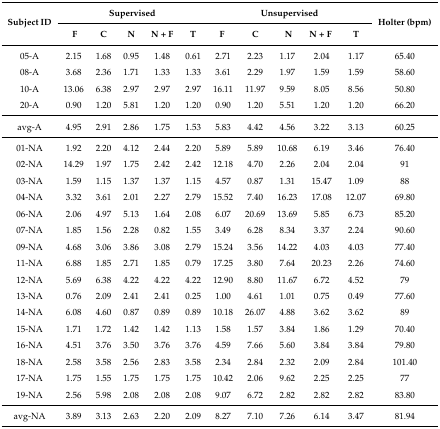
<table><thead><tr><td rowspan="2"><b>Subject ID</b></td><td colspan="5"><b>Supervised</b></td><td colspan="5"><b>Unsupervised</b></td><td rowspan="2"><b>Holter (bpm)</b></td></tr><tr><td><b>F</b></td><td><b>C</b></td><td><b>N</b></td><td><b>N + F</b></td><td><b>T</b></td><td><b>F</b></td><td><b>C</b></td><td><b>N</b></td><td><b>N + F</b></td><td><b>T</b></td></tr></thead><tbody><tr><td>05-A</td><td>2.15</td><td>1.68</td><td>0.95</td><td>1.48</td><td>0.61</td><td>2.71</td><td>2.23</td><td>1.17</td><td>2.04</td><td>1.17</td><td>65.40</td></tr><tr><td>08-A</td><td>3.68</td><td>2.36</td><td>1.71</td><td>1.33</td><td>1.33</td><td>3.61</td><td>2.29</td><td>1.97</td><td>1.59</td><td>1.59</td><td>58.60</td></tr><tr><td>10-A</td><td>13.06</td><td>6.38</td><td>2.97</td><td>2.97</td><td>2.97</td><td>16.11</td><td>11.97</td><td>9.59</td><td>8.05</td><td>8.56</td><td>50.80</td></tr><tr><td>20-A</td><td>0.90</td><td>1.20</td><td>5.81</td><td>1.20</td><td>1.20</td><td>0.90</td><td>1.20</td><td>5.51</td><td>1.20</td><td>1.20</td><td>66.20</td></tr><tr><td>avg-A</td><td>4.95</td><td>2.91</td><td>2.86</td><td>1.75</td><td>1.53</td><td>5.83</td><td>4.42</td><td>4.56</td><td>3.22</td><td>3.13</td><td>60.25</td></tr><tr><td>01-NA</td><td>1.92</td><td>2.20</td><td>4.12</td><td>2.44</td><td>2.20</td><td>5.89</td><td>5.89</td><td>10.68</td><td>6.19</td><td>3.46</td><td>76.40</td></tr><tr><td>02-NA</td><td>14.29</td><td>1.97</td><td>1.75</td><td>2.42</td><td>2.42</td><td>12.18</td><td>4.70</td><td>2.26</td><td>2.04</td><td>2.04</td><td>91</td></tr><tr><td>03-NA</td><td>1.59</td><td>1.15</td><td>1.37</td><td>1.37</td><td>1.15</td><td>4.57</td><td>0.87</td><td>1.31</td><td>15.47</td><td>1.09</td><td>88</td></tr><tr><td>04-NA</td><td>3.32</td><td>3.61</td><td>2.01</td><td>2.27</td><td>2.79</td><td>15.52</td><td>7.40</td><td>16.23</td><td>17.08</td><td>12.07</td><td>69.80</td></tr><tr><td>06-NA</td><td>2.06</td><td>4.97</td><td>5.13</td><td>1.64</td><td>2.08</td><td>6.07</td><td>20.69</td><td>13.69</td><td>5.85</td><td>6.73</td><td>85.20</td></tr><tr><td>07-NA</td><td>1.85</td><td>1.56</td><td>2.28</td><td>0.82</td><td>1.55</td><td>3.49</td><td>6.28</td><td>8.34</td><td>3.37</td><td>2.24</td><td>90.60</td></tr><tr><td>09-NA</td><td>4.68</td><td>3.06</td><td>3.86</td><td>3.08</td><td>2.79</td><td>15.24</td><td>3.56</td><td>14.22</td><td>4.03</td><td>4.03</td><td>77.40</td></tr><tr><td>11-NA</td><td>6.88</td><td>1.85</td><td>2.71</td><td>1.85</td><td>0.79</td><td>17.25</td><td>3.80</td><td>7.64</td><td>20.23</td><td>2.26</td><td>74.60</td></tr><tr><td>12-NA</td><td>5.69</td><td>6.38</td><td>4.22</td><td>4.22</td><td>4.22</td><td>12.90</td><td>8.80</td><td>11.67</td><td>6.72</td><td>4.52</td><td>79</td></tr><tr><td>13-NA</td><td>0.76</td><td>2.09</td><td>2.41</td><td>2.41</td><td>0.25</td><td>1.00</td><td>4.61</td><td>1.01</td><td>0.75</td><td>0.49</td><td>77.60</td></tr><tr><td>14-NA</td><td>6.08</td><td>4.60</td><td>0.87</td><td>0.89</td><td>0.89</td><td>10.18</td><td>26.07</td><td>4.88</td><td>3.62</td><td>3.62</td><td>89</td></tr><tr><td>15-NA</td><td>1.71</td><td>1.72</td><td>1.42</td><td>1.42</td><td>1.13</td><td>1.58</td><td>1.57</td><td>3.84</td><td>1.86</td><td>1.29</td><td>70.40</td></tr><tr><td>16-NA</td><td>4.51</td><td>3.76</td><td>3.50</td><td>3.76</td><td>3.76</td><td>4.59</td><td>7.66</td><td>5.60</td><td>3.84</td><td>3.84</td><td>79.80</td></tr><tr><td>18-NA</td><td>2.58</td><td>3.58</td><td>2.56</td><td>2.83</td><td>3.58</td><td>2.34</td><td>2.84</td><td>2.32</td><td>2.09</td><td>2.84</td><td>101.40</td></tr><tr><td>17-NA</td><td>1.75</td><td>1.55</td><td>1.75</td><td>1.75</td><td>1.75</td><td>10.42</td><td>2.06</td><td>9.62</td><td>2.25</td><td>2.25</td><td>77</td></tr><tr><td>19-NA</td><td>2.56</td><td>5.98</td><td>2.08</td><td>2.08</td><td>2.08</td><td>9.07</td><td>6.72</td><td>2.82</td><td>2.82</td><td>2.82</td><td>83.80</td></tr><tr><td>avg-NA</td><td>3.89</td><td>3.13</td><td>2.63</td><td>2.20</td><td>2.09</td><td>8.27</td><td>7.10</td><td>7.26</td><td>6.14</td><td>3.47</td><td>81.94</td></tr></tbody></table>